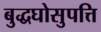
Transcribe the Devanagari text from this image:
बुद्धघोसुपत्ति